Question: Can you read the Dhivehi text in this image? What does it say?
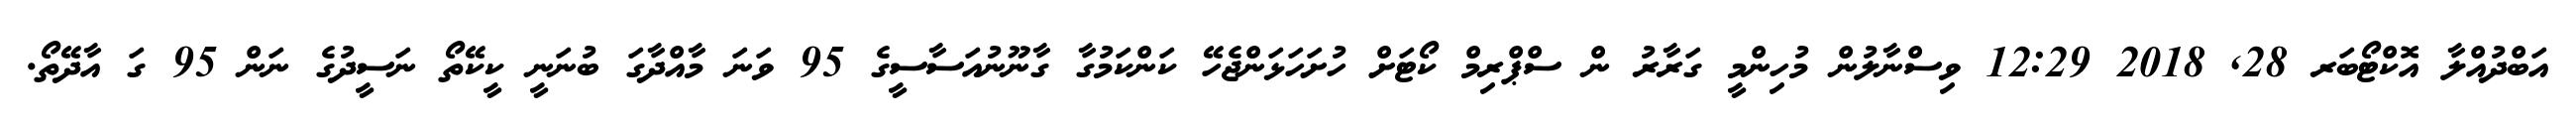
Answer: އަބްދުއްލާ އޮކްޓޯބަރ 28, 2018 12:29 ވިސްނާލުން މުހިންމީ ގަރާރު ން ސްޕްރިމް ކޯޓަށް ހުށަހަޅަންޖެހޭ ކަންކަމުގާ ގާނޫނުއަސާސީގެ 95 ވަނަ މާއްދާގަ ބުނަނީ ކީކޭތޯ ނަސީދުގެ ނަން 95 ގަ އާދޭތޯ.